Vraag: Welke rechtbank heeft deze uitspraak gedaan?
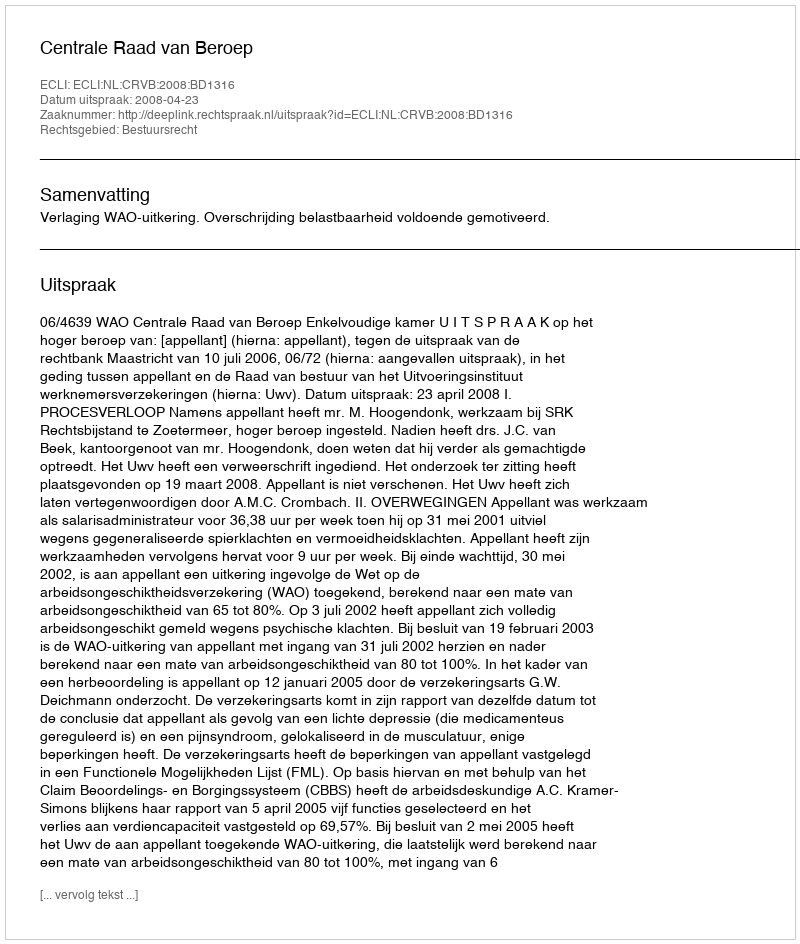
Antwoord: Centrale Raad van Beroep